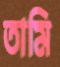
তামি